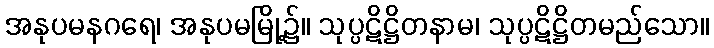
အနုပမနဂရေ၊ အနုပမမြို့၌။ သုပ္ပဋိဋ္ဌိတနာမ၊ သုပ္ပဋိဋ္ဌိတမည်သော။